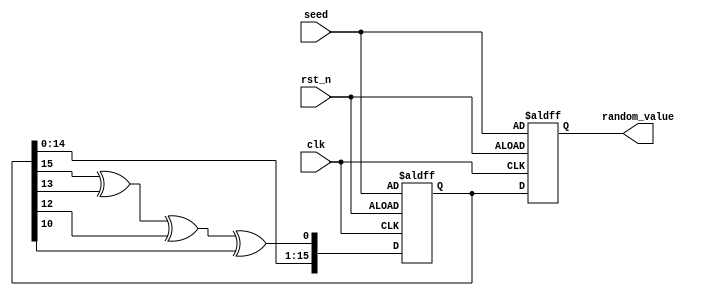
module RandomInitialization #(
    parameter WIDTH = 16 // Bit width of the random value output
)(
    input wire clk,           // Clock signal
    input wire rst_n,        // Active-low reset signal
    input wire [WIDTH-1:0] seed, // Seed input for reproducibility
    output reg [WIDTH-1:0] random_value // Random value output
);

    // Internal state for LFSR
    reg [WIDTH-1:0] lfsr;

    // LFSR feedback polynomial (for example, x^16 + x^14 + x^13 + x^11 + 1)
    wire feedback = lfsr[15] ^ lfsr[13] ^ lfsr[12] ^ lfsr[10];

    always @(posedge clk or negedge rst_n) begin
        if (!rst_n) begin
            // On reset, initialize LFSR with seed value
            lfsr <= seed;
            random_value <= seed; // Initialize output with seed
        end else begin
            // Shift and feedback logic for LFSR
            lfsr <= {lfsr[WIDTH-2:0], feedback};
            random_value <= lfsr; // Update random value output
        end
    end

endmodule